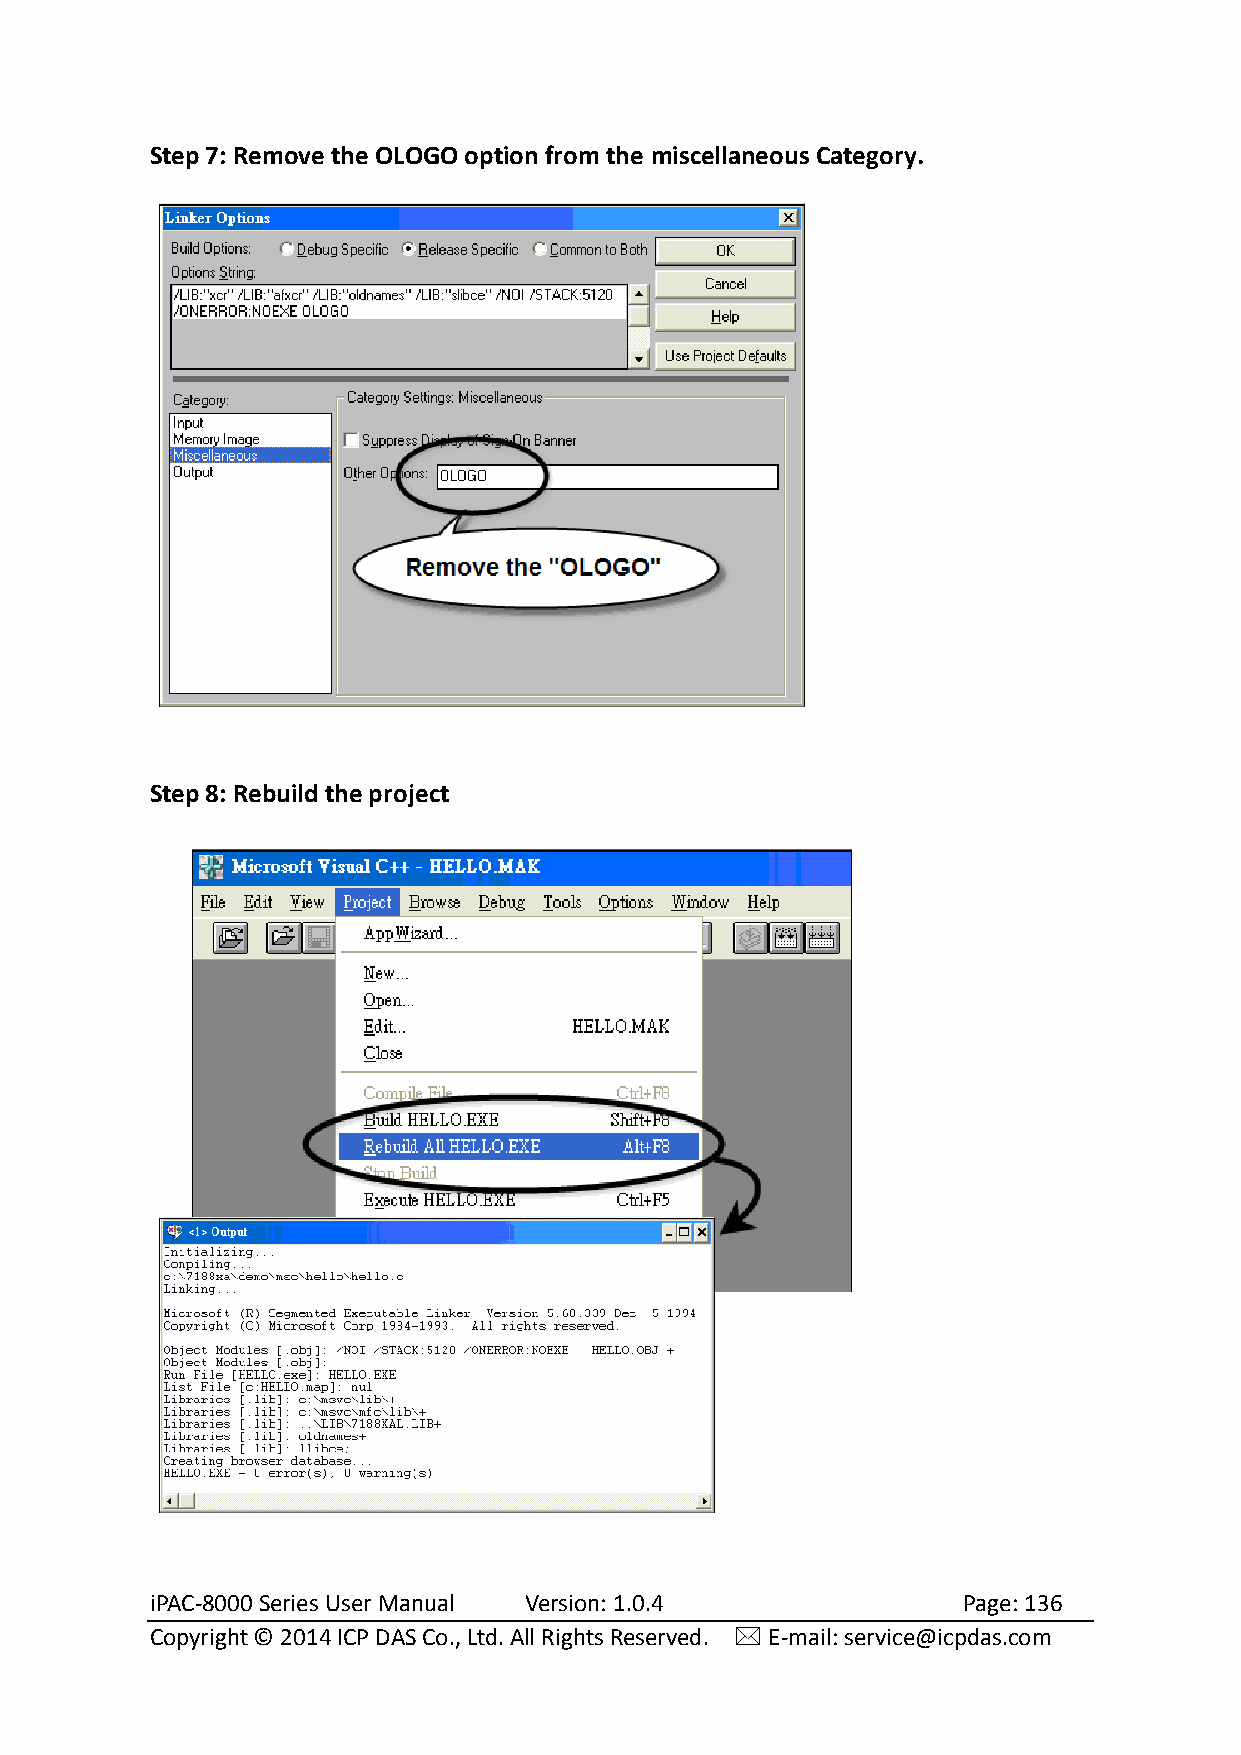
Step 7: Remove the OLOGO option from the miscellaneous Category.
 Step 8: Rebuild the project
 iPAC-8000 Series User Manual Version: 1.0.4           Page: 136
 Copyright © 2014 ICP DAS Co., Ltd. All Rights Reserved.  E-mail: service@icpdas.com